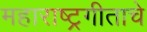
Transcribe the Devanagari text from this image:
महाराष्ट्रगीताचे